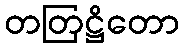
တတြဋ္ဌိတော